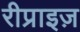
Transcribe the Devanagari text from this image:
रीप्राइज़